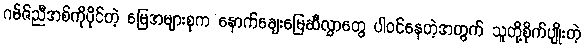
ဂမ်ဇ်ညီအစ်ကိုပိုင်တဲ့ မြေအများစုက နောက်ချေးမြေဆီလွှာတွေ ပါဝင်နေတဲ့အတွက် သူတို့စိုက်ပျိုးတဲ့